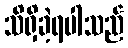
သိရှိခဲ့ရပါသည်